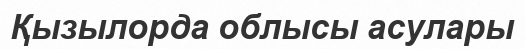
Қызылорда облысы асулары